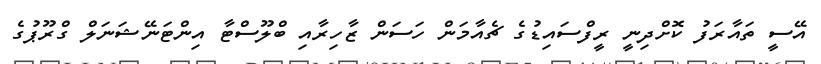
އޭސީ ތައާރަފު ކޮށްދިނީ ރީފްސައިޑުގެ ޗެއާމަން ހަސަން ޒާހިރާއި ބްލޫސްޓާ އިންޓަނޭޝަނަލް ގްރޫޕުގެ